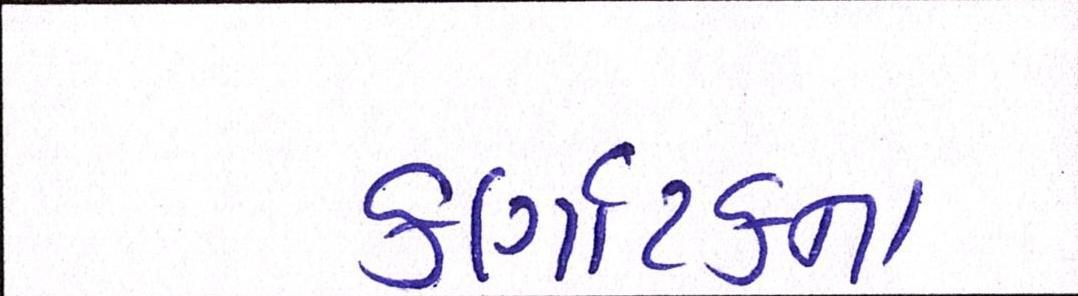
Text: કર્ણાટકના